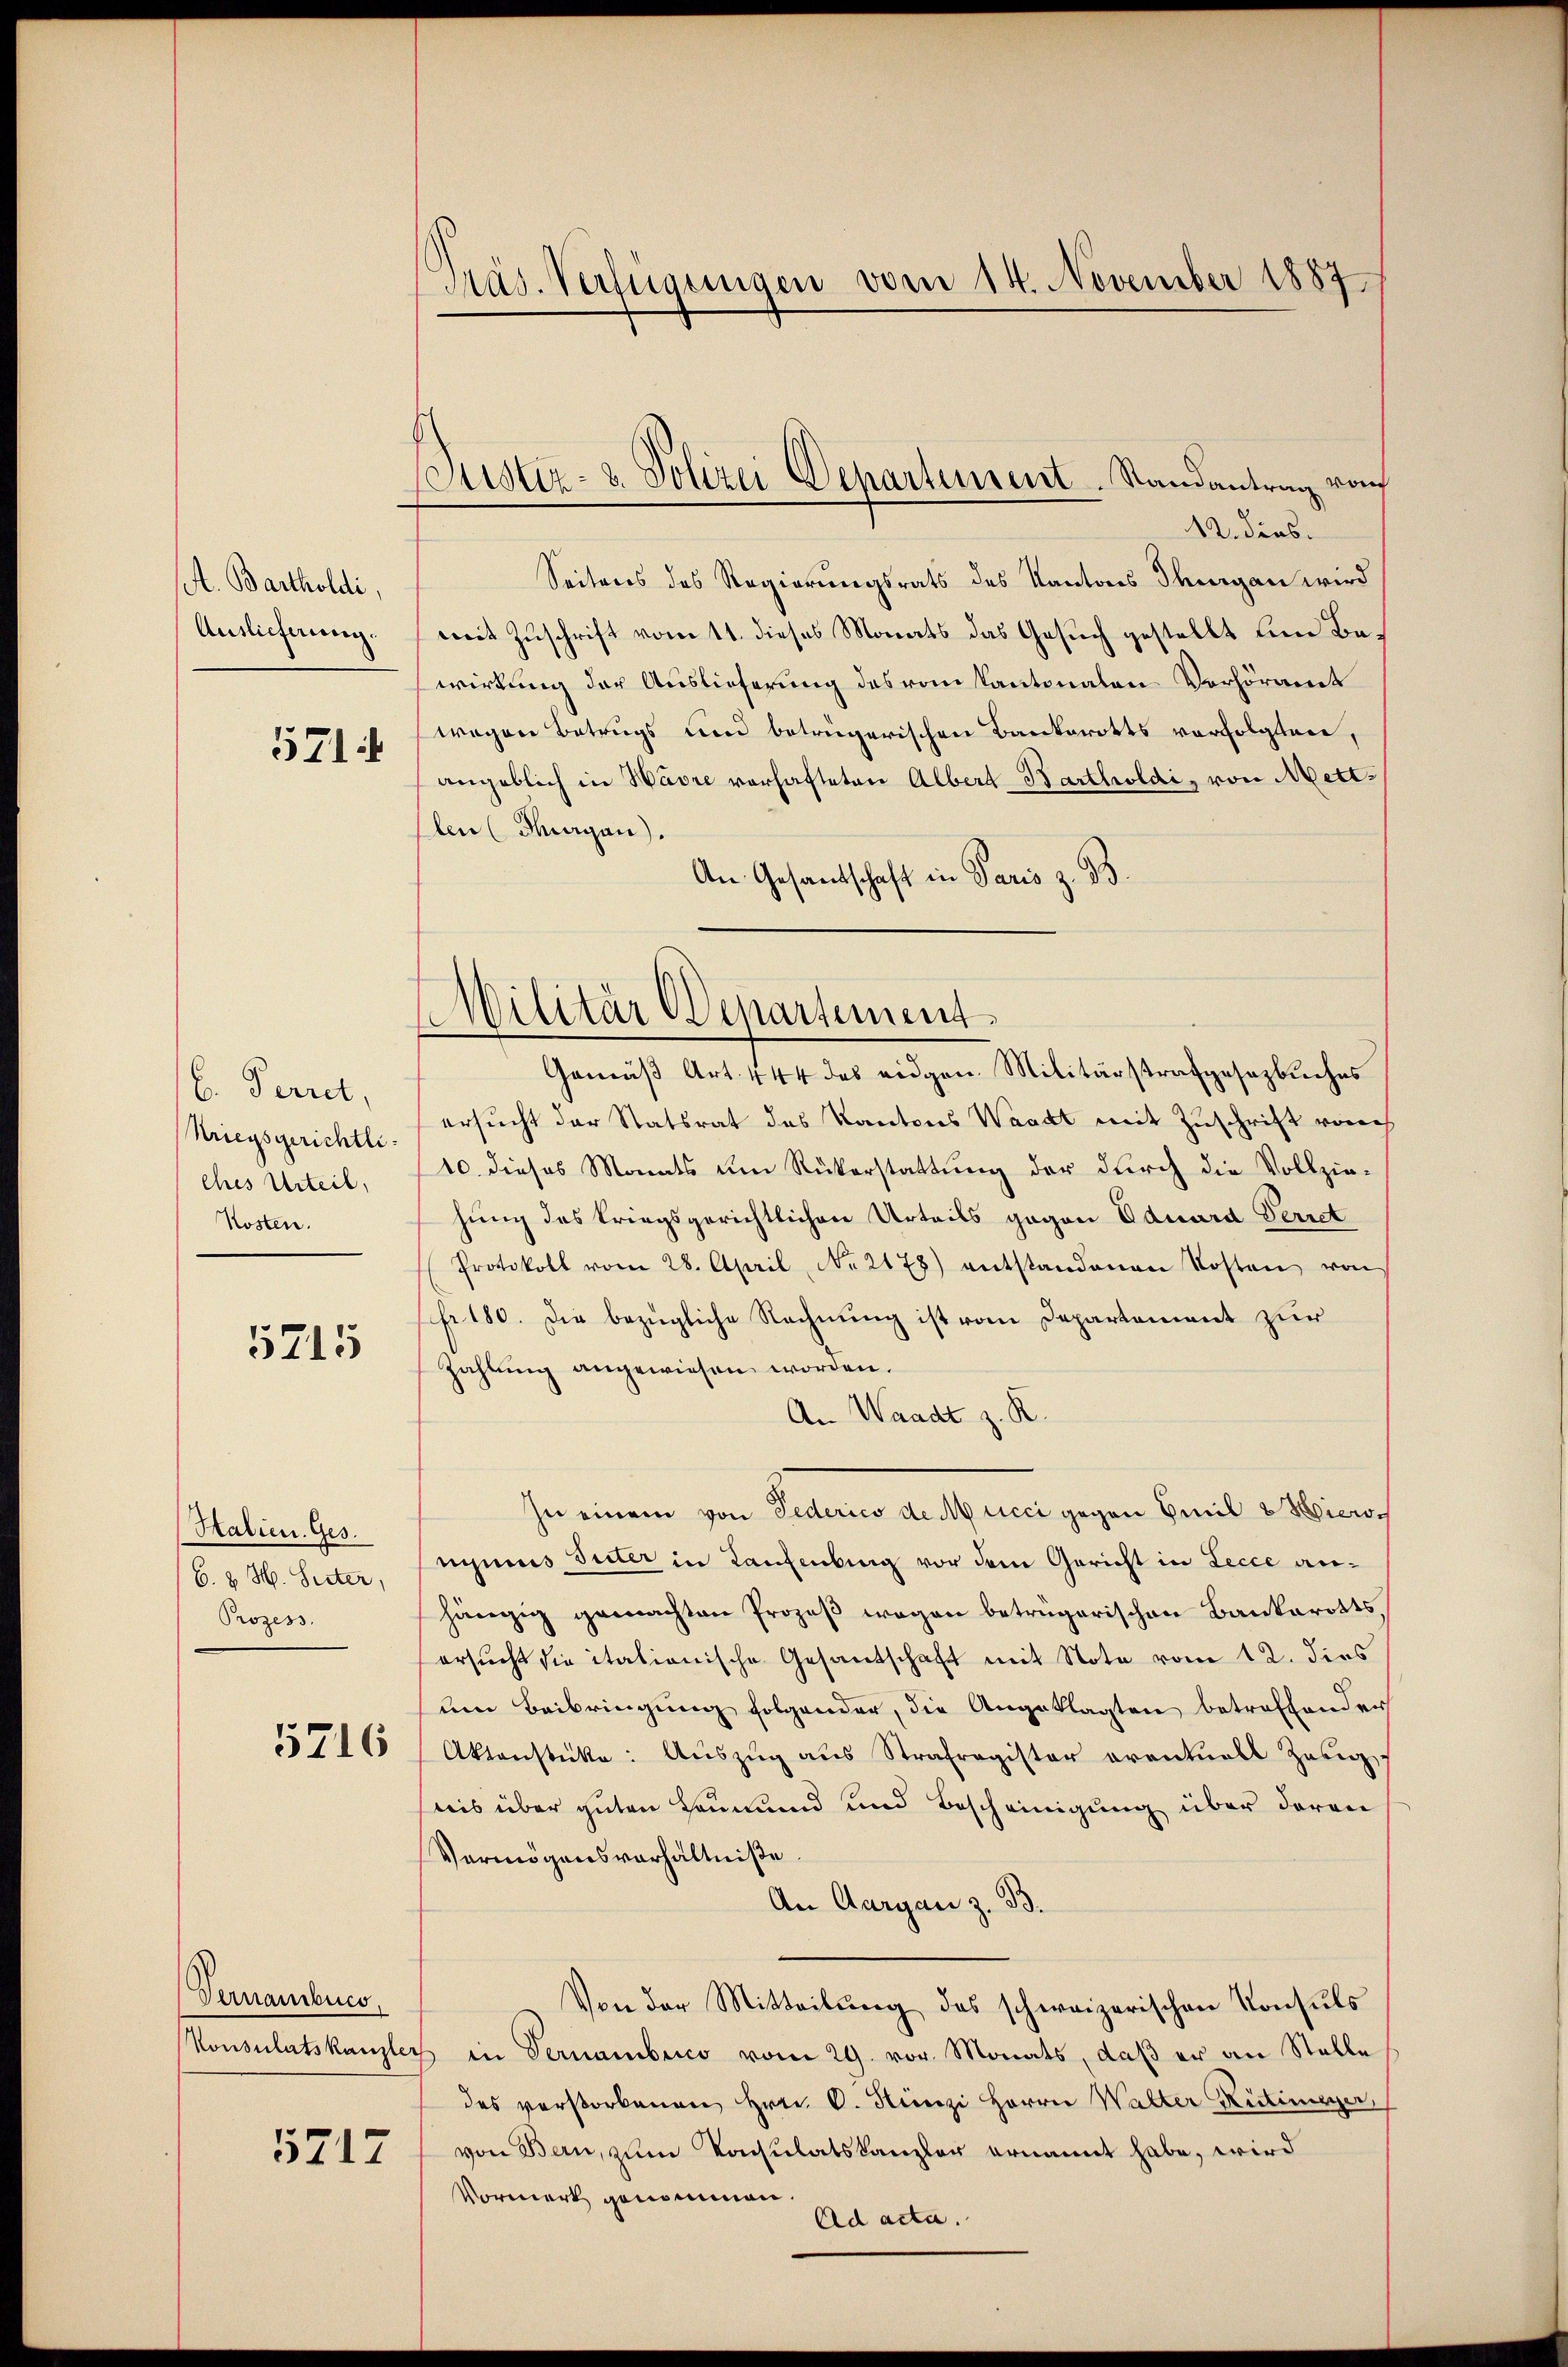
A. Bartholdi,
Auslieferung.
571

b. Perret,
Kriegsgerichtli
ches Urteil,
Kosten.

5715

Halien. Ges.
6. d. H. Seiter,
Prozess.
5716

Vernambuch.

5717

Pas. Verfügungen vom 14. November 1887

Justiz- & Polizei Departement Randantrag vom
12. dies.

Seitens des Regierungsrats des Kantons Thurgan wird
mit Zuschrift vom 11. dieses Monats das Gesuch gestellt um Bewirkung der Auslieferung des vom Kantonalen Verhöramt
wegen Betrugs um betrügerischen Bankerotts verfolgten,
angeblich in Havre vorhafteten Albert Bartholdi, von Mettlen (Thurgau).
An Gesandtschaft in Paris z. B.

(Militär Departement.

Gemäß Art. 444 des eidgen. Militärstrafgesetzbuches
ersucht der Statsrat des Kantons Waadt mit Zuschrift von
10. dieses Monats um Rükerstattung der durch die Vollziehung des kriegsgerichtlichen Urteils gegen Eduard Perret
Protokoll vom 28. April, No 2178) entstandenen Kosten von
fr. 180. Die bezügliche Rechnung ist vom Departement zur
Zahlung angewiesen worden.
An Waadt z. R.
In einem von Federico de Mucci gegen Emil 2 Hiersniums Suter in Kaufenburg vor dem Gericht in Lecce anhängig gemachten Prozeß wegen betrügerischen Bankarotts,
ersucht die italionische Gesantschaft mit Note vom 12. dies
um Beibringung folgender, die Angeklagten betreffender
Aktenstücke: Auszug aus Strafragister eventuell Zeug
nis über guten Leumund und Bescheinigung über deren
Vermögensverhältniße.
An Aargau z. B.
Von der Mitteilung des schweizerischen Konsuls
Pkonsulatskanzlers in Vernambero vom 29. vor. Monats, daß er an Stelle
des verstorbenen Hrn. C. Hunzi Herrn Walter Rickemeyer,
von Bern, zum Konsulatskanzler ernannt habe, wird
Vormerk genommen.
Ad acta.